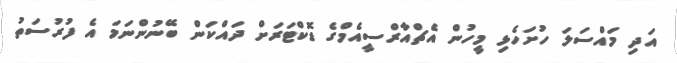
އަދި މައްސަލަ ހުށަހެޅި މީހުން އެޗްއާރްސީއެމްގެ ޑޮކްޓަރަށް ދައްކަން ބޭނުންނަމަ އެ ފުރުސަތު